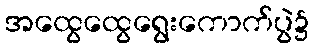
အထွေထွေရွေးကောက်ပွဲ၌